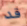
قد